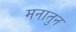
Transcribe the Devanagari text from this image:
मनातुन